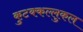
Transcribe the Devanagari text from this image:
कुटक्कल्लुकल